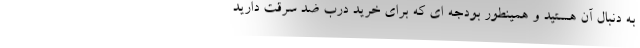
به دنبال آن هستید و همینطور بودجه ای که برای خرید درب ضد سرقت دارید